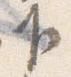
下